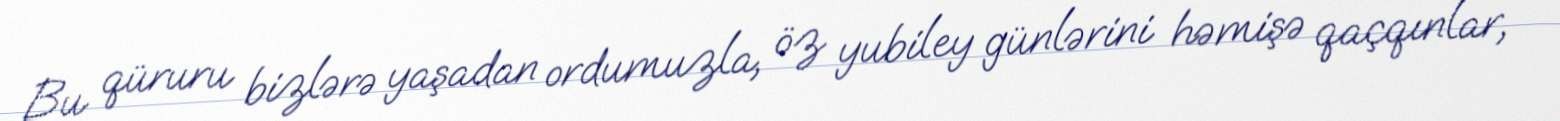
Bu qüruru bizlərə yaşadan ordumuzla, öz yubiley günlərini həmişə qaçqınlar,